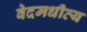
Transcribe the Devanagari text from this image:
वेदमधीत्य